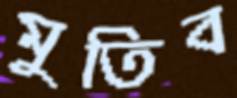
মুতিব